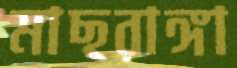
মাছরাঙ্গা